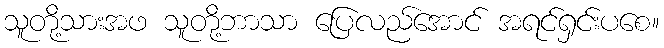
သူတို့သားအဖ သူတို့ဘာသာ ပြေလည်အောင် အရင်ရှင်းပစေ။